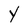
Character: Y